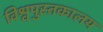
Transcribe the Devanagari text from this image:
विश्वपुस्तकालय